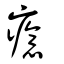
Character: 癔